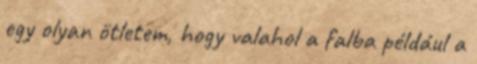
egy olyan ötletem, hogy valahol a falba például a